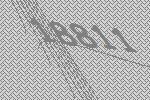
18811